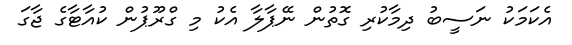
އެކަމަކު ނަސީބު ދިމާކުރި ގޮތުން ނޭޕާލާ އެކު މި ގްރޫޕުން ކުއާޓާގެ ޖާގަ